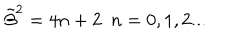
LaTeX: { \tilde { \beta } } ^ { 2 } = 4 n + 2 \ \ n = 0 , 1 , 2 . . .